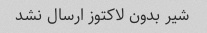
شیر بدون لاکتوز ارسال نشد